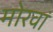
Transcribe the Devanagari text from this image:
मोरवां